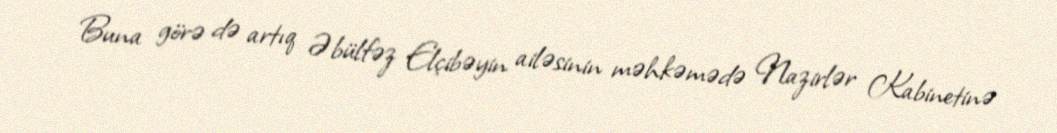
Buna görə də artıq Əbülfəz Elçibəyin ailəsinin məhkəmədə Nazirlər Kabinetinə